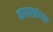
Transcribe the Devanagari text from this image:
कापसांच्या